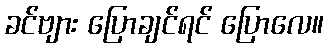
ခင်ဗျား ပြောချင်ရင် ပြောလေ။